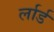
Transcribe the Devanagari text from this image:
र्लार्ड